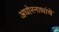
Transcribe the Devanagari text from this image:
अघोरनाथांचे